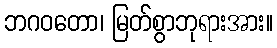
ဘဂဝတော၊ မြတ်စွာဘုရားအား။